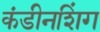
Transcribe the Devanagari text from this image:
कंडीनशिंग